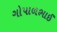
ગોપાળભાઈ